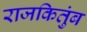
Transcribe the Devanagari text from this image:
राजकितुंब